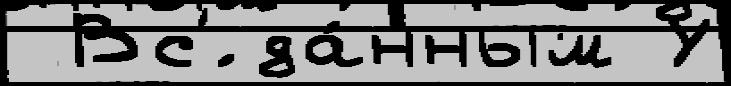
 Вс'́ да́нным У